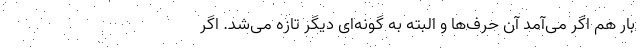
بار هم اگر می‌آمد آن حرف‌ها و البته به گونه‌ای دیگر تازه می‌شد. اگر